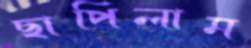
ছাপিলাম